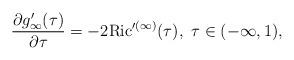
LaTeX: \begin{align*} \frac{\partial g_{\infty}^{\prime}(\tau)}{\partial \tau} &= -2{\rm Ric^{\prime(\infty)}}(\tau),~\tau\in (-\infty,1), \end{align*}